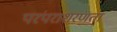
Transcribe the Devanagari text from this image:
परंपराशरणता